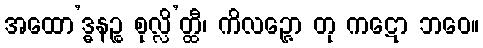
အထော’ဒ္ဓနဉ္စ စုလ္လိ’တ္ထီ၊ ကိလဉ္ဇော တု ကဋော ဘဝေ။